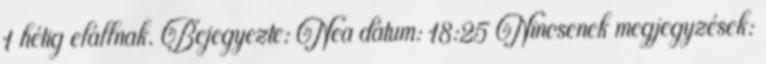
1 hétig elállnak. Bejegyezte: Nea dátum: 18:25 Nincsenek megjegyzések: